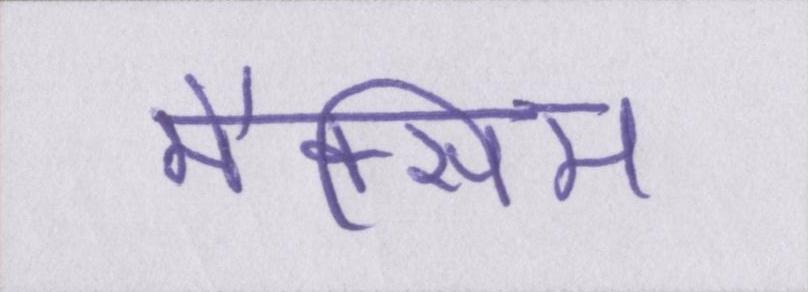
मैक्सिम